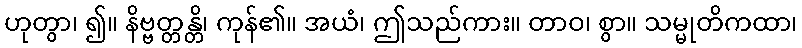
ဟုတွာ၊ ၍။ နိဗ္ဗတ္တန္တိ၊ ကုန်၏။ အယံ၊ ဤသည်ကား။ တာဝ၊ စွာ။ သမ္မုတိကထာ၊